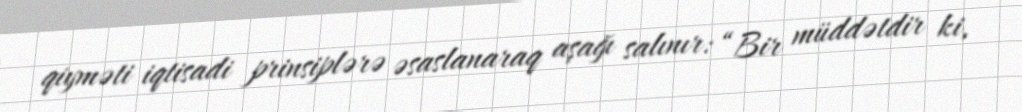
qiyməti iqtisadi prinsiplərə əsaslanaraq aşağı salınır: “Bir müddətdir ki,